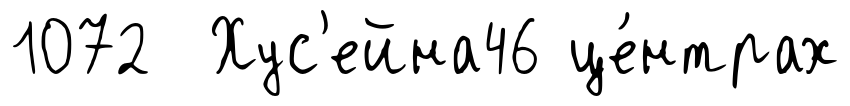
1072 Хус'ейна46 це́нтрах